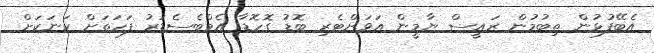
އެބޭފުޅުން ތިބުމުން ރައީސް ޔާމީން އަވަށްޓެރި ބޮޑު ގޮހޮޑާ އެމްބެސެޑަރު ފަހަތަށް ކަނަކަށް